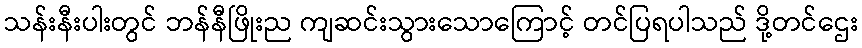
သန်းနီးပါးတွင် ဘန်နီဖြိုးည ကျဆင်းသွားသောကြောင့် တင်ပြရပါသည် ဒို့တင်ဌေး